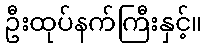
ဦးထုပ်နက်ကြီးနှင့်။